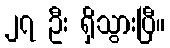
၂၇ ဦး ရှိသွားပြီ။